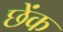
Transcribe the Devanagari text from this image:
छेंक